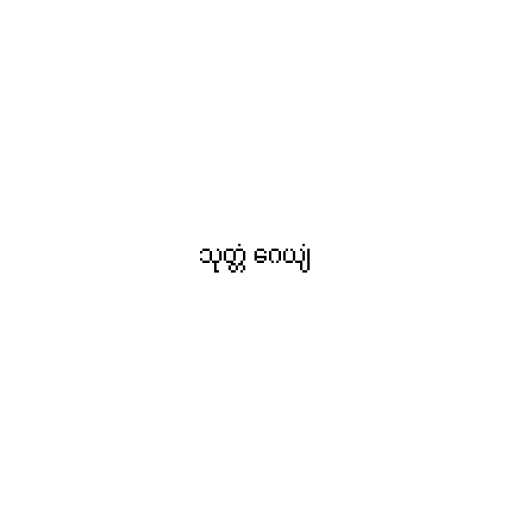
သုတ္တံ ဂေယျံ